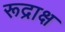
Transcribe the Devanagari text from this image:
रूद्राक्ष